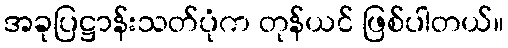
အခုပြဋ္ဌာန်းသတ်ပုံက တုန်ယင် ဖြစ်ပါတယ်။